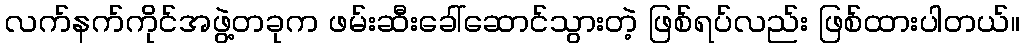
လက်နက်ကိုင်အဖွဲ့တခုက ဖမ်းဆီးခေါ်ဆောင်သွားတဲ့ ဖြစ်ရပ်လည်း ဖြစ်ထားပါတယ်။